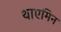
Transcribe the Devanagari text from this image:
थाएमिन